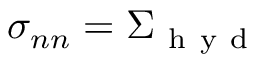
\sigma _ { n n } = \Sigma _ { \mathrm { ~ h ~ y ~ d ~ } }